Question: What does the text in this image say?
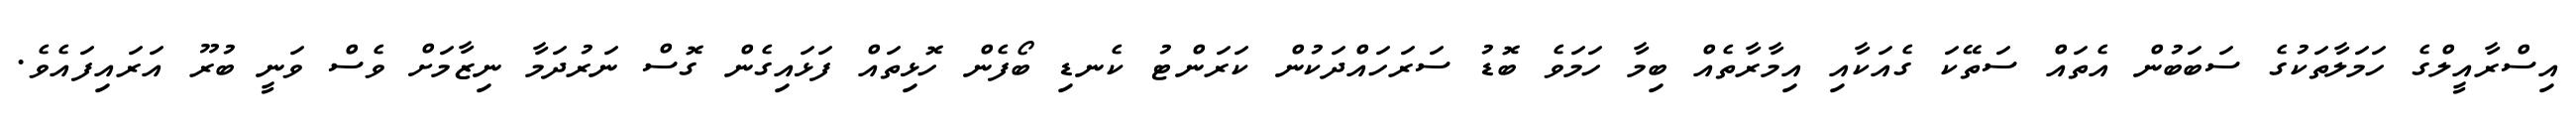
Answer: އިސްރާއީލްގެ ހަމަލާތަކުގެ ސަބަބުން އެތައް ސަތޭކަ ގެއަކާއި އިމާރާތެއް ބިމާ ހަމަވެ ބޮޑު ސަރަހައްދަކުން ކަރަންޓު ކެނޑި ބޯފެން ހޮޅިތައް ފަޅައިގެން ގޮސް ނަރުދަމާ ނިޒާމަށް ވެސް ވަނީ ބުރޫ އަރައިފައެވެ.